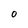
Character: O